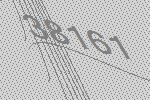
38161